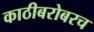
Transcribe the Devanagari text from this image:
काठीबरोबरच